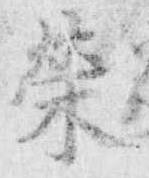
栄